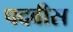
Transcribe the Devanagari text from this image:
पदवीस